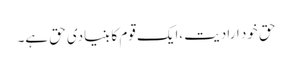
حق خود ارادیت ،ایک قوم کا بنیادی حق ہے۔